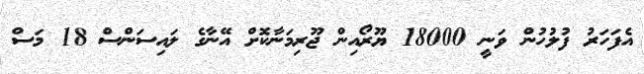
އެފަހަރު ފުލުހުން ވަނީ 18000 ޔޫރޯއިން ޖޫރިމަނާކޮށް އޭނާގެ ލައިސަންސް 18 މަސް